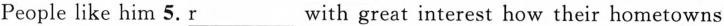
People like him 5. \underline{r} with great interest how their hometowns